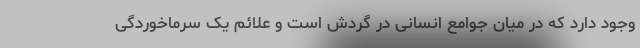
وجود دارد که در میان جوامع انسانی در گردش است و علائم یک سرماخوردگی